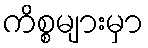
ကိစ္စများမှာ